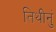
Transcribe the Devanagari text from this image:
तिथीनुं